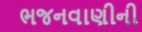
ભજનવાણીની